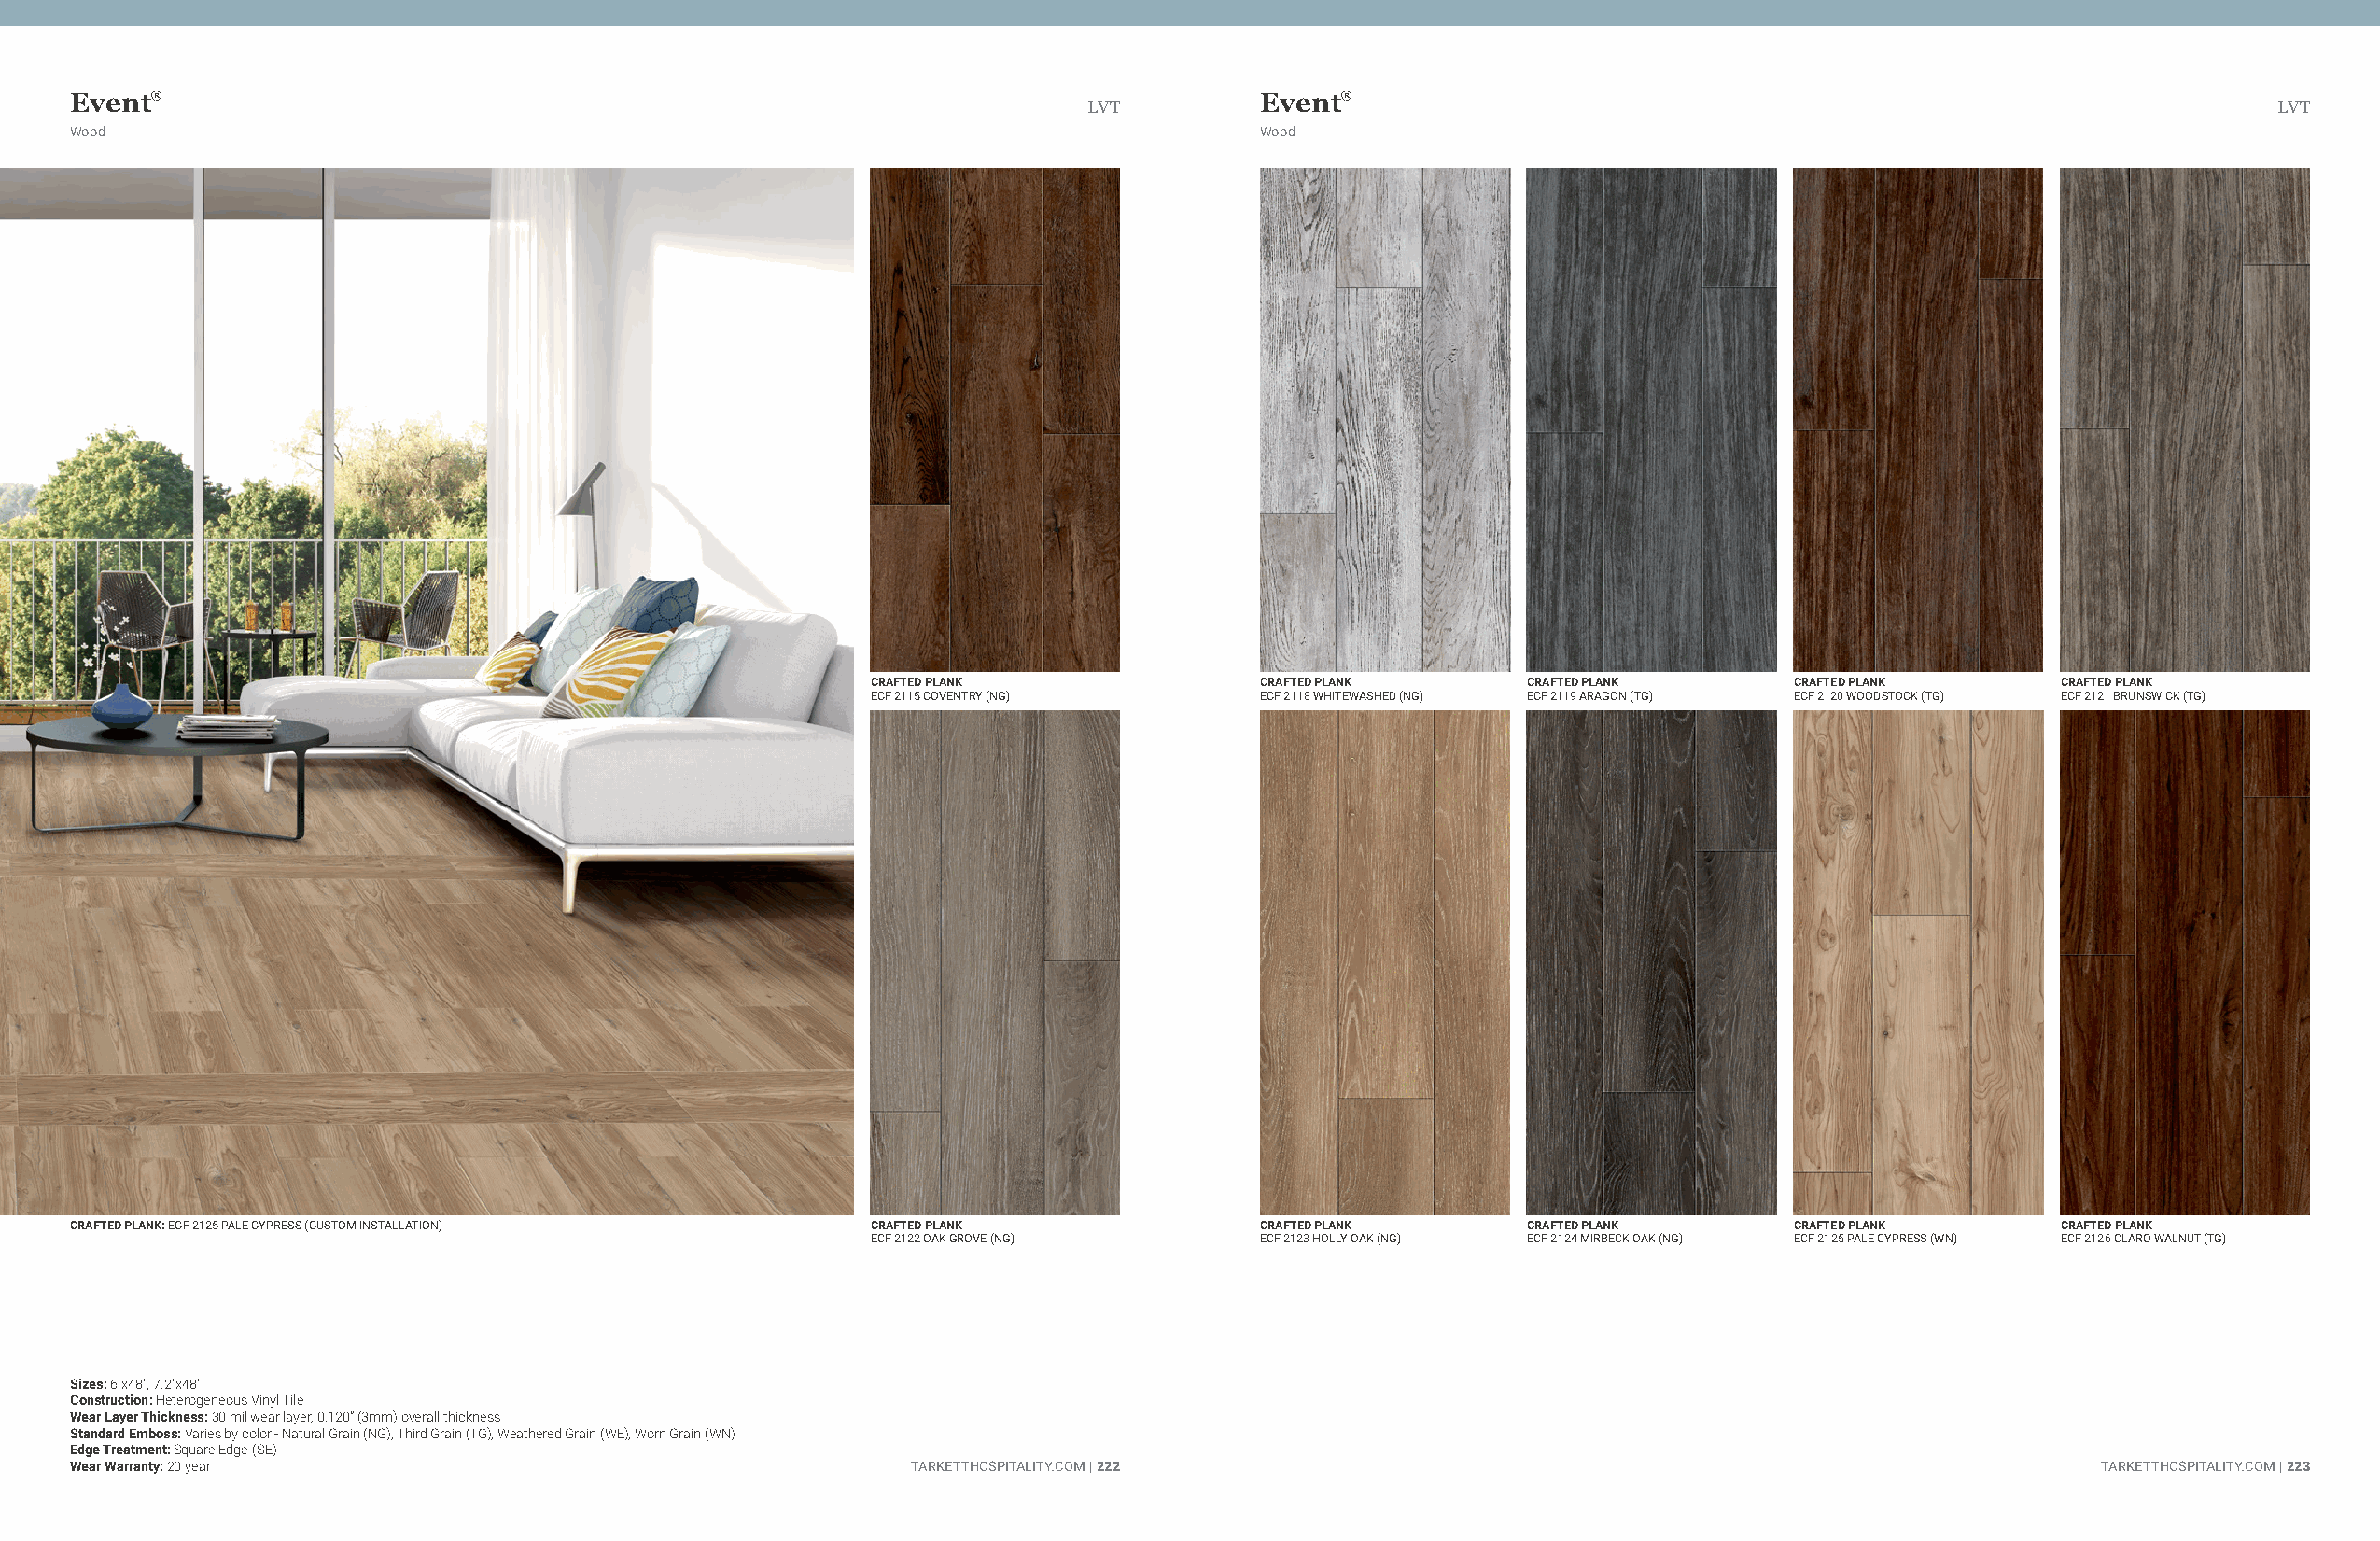
Event®                                                                              Event®
 LVT                                                                                  LVT
 Wood                                                                                Wood
 CRAFTED PLANK              CRAFTED PLANK      CRAFTED PLANK      CRAFTED PLANK      CRAFTED PLANK
 ECF 2115 COVENTRY (NG)     ECF 2118 WHITEWASHED (NG) ECF 2119 ARAGON (TG) ECF 2120 WOODSTOCK (TG) ECF 2121 BRUNSWICK (TG)
 CRAFTED PLANK: ECF 2125 PALE CYPRESS (CUSTOM INSTALLATION) CRAFTED PLANK            CRAFTED PLANK      CRAFTED PLANK      CRAFTED PLANK      CRAFTED PLANK
 ECF 2122 OAK GROVE (NG)    ECF 2123 HOLLY OAK (NG) ECF 2124 MIRBECK OAK (NG) ECF 2125 PALE CYPRESS (WN) ECF 2126 CLARO WALNUT (TG)
 Sizes: 6"x48", 7.2"x48"
 Construction: Heterogeneous Vinyl Tile
 Wear Layer Thickness: 30 mil wear layer, 0.120” (3mm) overall thickness
 Standard Emboss: Varies by color - Natural Grain (NG), Third Grain (TG), Weathered Grain (WE), Worn Grain (WN)
 Edge Treatment: Square Edge (SE)
 Wear Warranty: 20 year                                      TARKETTHOSPITALITY.COM | 222                                                        TARKETTHOSPITALITY.COM | 223